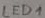
Text: LED1